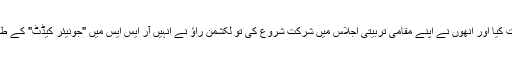
جب آٹھ سال کی عمر میں، مودی نے آر ایس ایس کو دریافت کیا اور انھوں نے اپنے مقامی تربیتی اجلاس میں شرکت شروع کی تو لکشمن راؤ نے انہیں آر ایس ایس میں "جونیئر کیڈٹ" کے طور پر شامل کر لیا اور وہ ان کے سیاسی سرپرست بن گئے۔